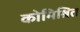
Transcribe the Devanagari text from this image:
कोमिश्रित